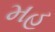
મહ